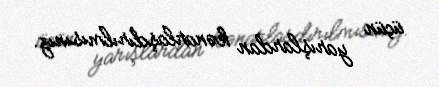
üçün yarışlardan kənarlaşdırılmısınız.